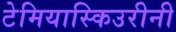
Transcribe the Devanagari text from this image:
टेमियास्किउरीनी